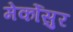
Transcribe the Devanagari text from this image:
मेर्कोसुर